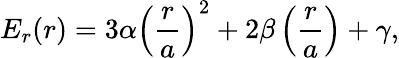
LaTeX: E_{r}(r)=3\alpha\left(\frac{r}{a}\right)^{2}+2\beta\left(\frac{r}{a}\right)+\gamma,